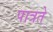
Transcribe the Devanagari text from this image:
पात्रते